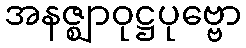
အနဇ္ဈာဝုဋ္ဌပုဗ္ဗော